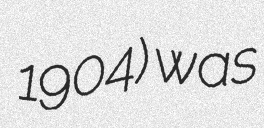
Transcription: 1904) was